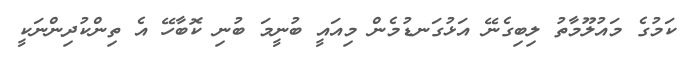
ކަމުގެ މައުލޫމާތު ލިބިގެނޭ އަޅުގަނޑުމެން މިއައީ ބުނީމަ ބުނި ކޮބާހޭ އެ ތިންކުދިންނަކީ